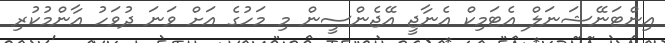
އިންޓަނޭޝަނަލް އެޓަމިކް އެނާޖީ އޭޖެންސީން މި މަހުގެ އަށް ވަނަ ދުވަހު އާންމުކުރި